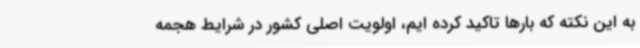
به این نکته که بارها تاکید کرده ایم، اولویت اصلی کشور در شرایط هجمه